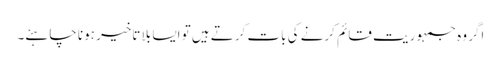
اگر وہ جمہوریت قائم کرنے کی بات کرتے ہیں تو ایسا بلا تاخیر ہونا چاہئے۔